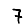
Digit: 7